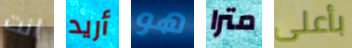
انت أريد هو مترا بأعلى